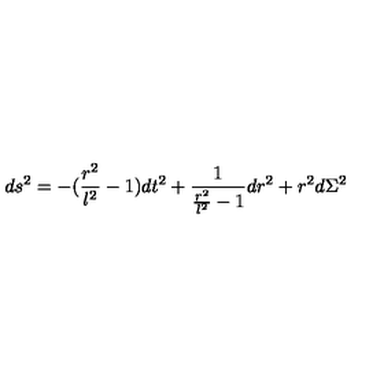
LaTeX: d s ^ { 2 } = - ( \frac { r ^ { 2 } } { l ^ { 2 } } - 1 ) d t ^ { 2 } + \frac { 1 } { \frac { r ^ { 2 } } { l ^ { 2 } } - 1 } d r ^ { 2 } + r ^ { 2 } d \Sigma ^ { 2 }